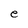
Character: e